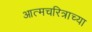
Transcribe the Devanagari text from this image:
आत्मचरित्राच्या